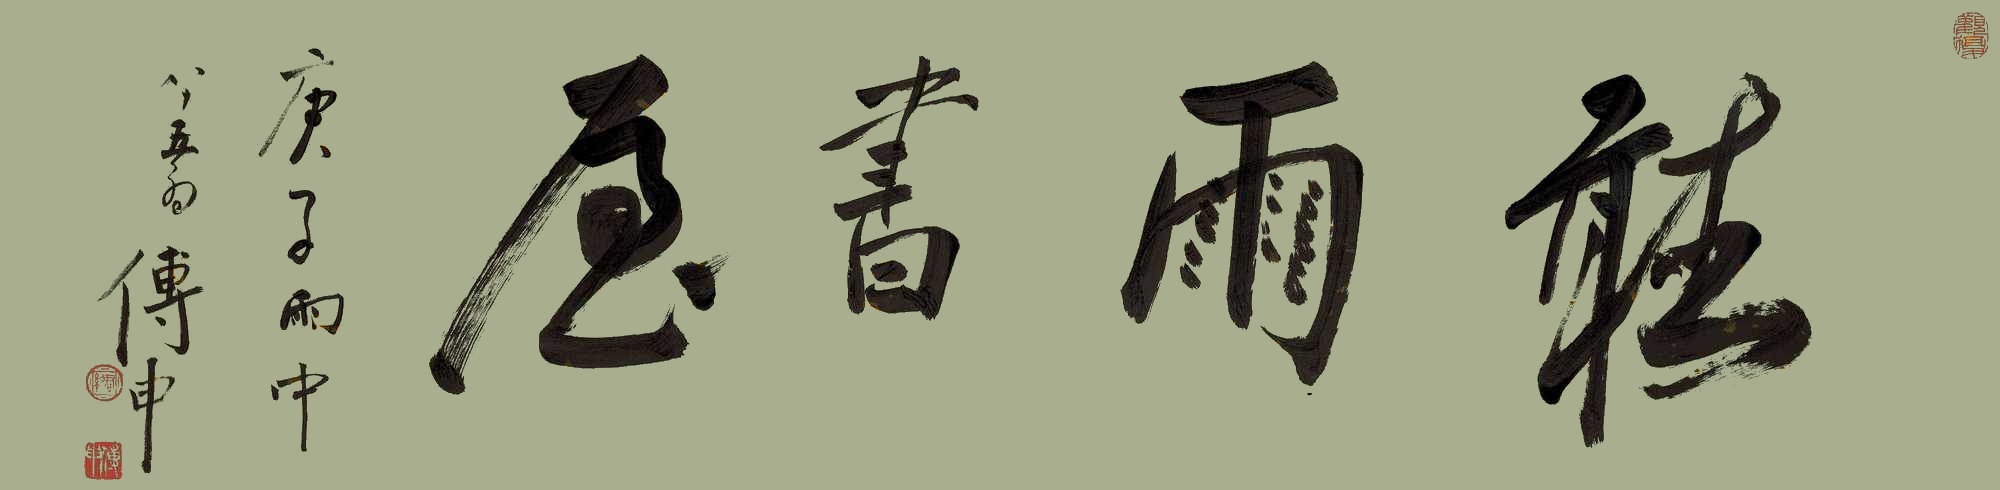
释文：听雨书屋庚子雨中，八十五翁傅申。